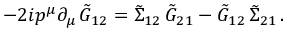
- 2 i p ^ { \mu } \partial _ { \mu } \, \tilde { G } _ { 1 2 } = \tilde { \Sigma } _ { 1 2 } \, \tilde { G } _ { 2 1 } - \tilde { G } _ { 1 2 } \, \tilde { \Sigma } _ { 2 1 } \, .